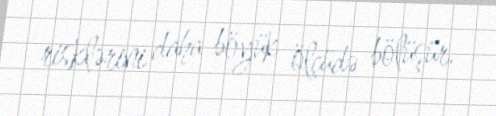
risklərini daha böyük ölçüdə bölüşür.